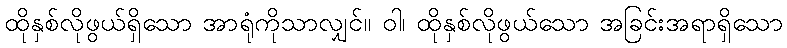
ထိုနှစ်လိုဖွယ်ရှိသော အာရုံကိုသာလျှင်။ ဝါ၊ ထိုနှစ်လိုဖွယ်သော အခြင်းအရာရှိသော